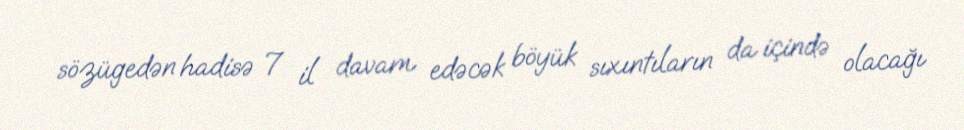
sözügedən hadisə 7 il davam edəcək böyük sıxıntıların da içində olacağı